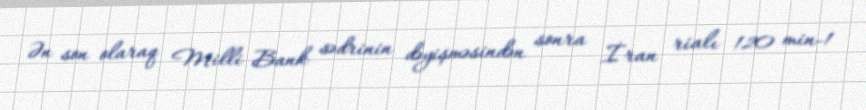
Ən son olaraq Milli Bank sədrinin dəyişməsindən sonra İran rialı 120 min-1